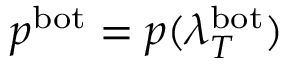
p ^ { \mathrm { b o t } } = p ( \lambda _ { T } ^ { \mathrm { b o t } } )